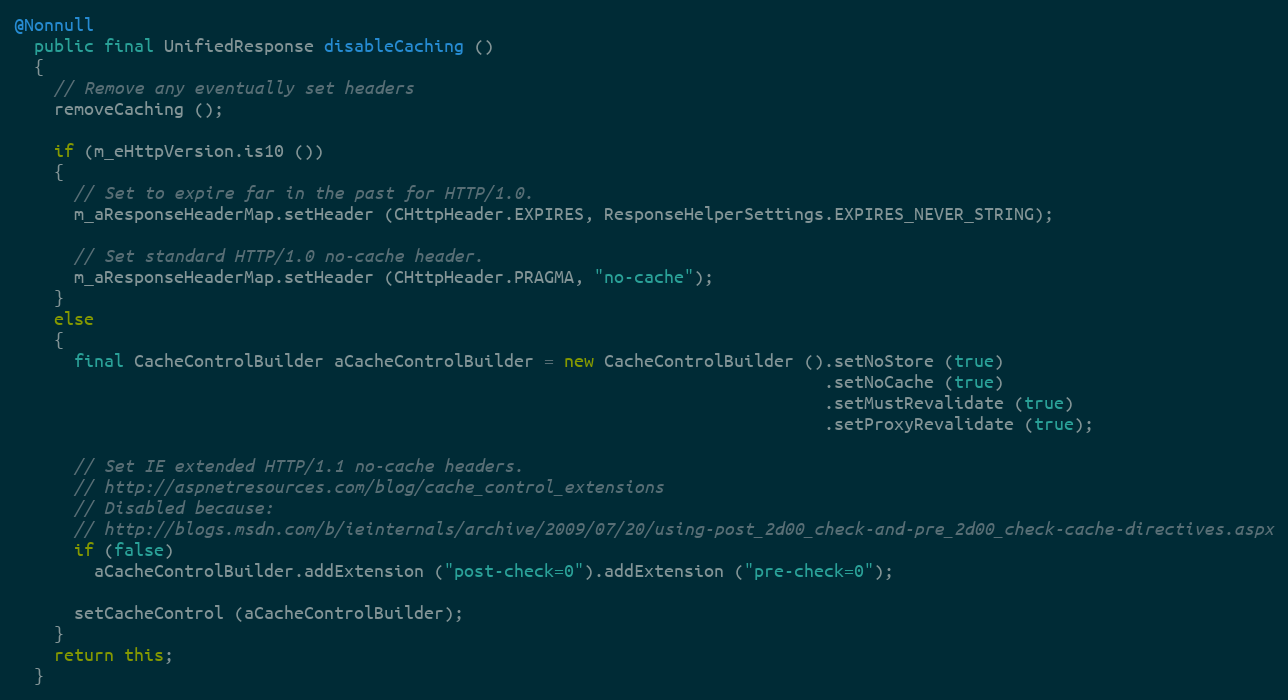
Language: Java
@Nonnull
  public final UnifiedResponse disableCaching ()
  {
    // Remove any eventually set headers
    removeCaching ();

    if (m_eHttpVersion.is10 ())
    {
      // Set to expire far in the past for HTTP/1.0.
      m_aResponseHeaderMap.setHeader (CHttpHeader.EXPIRES, ResponseHelperSettings.EXPIRES_NEVER_STRING);

      // Set standard HTTP/1.0 no-cache header.
      m_aResponseHeaderMap.setHeader (CHttpHeader.PRAGMA, "no-cache");
    }
    else
    {
      final CacheControlBuilder aCacheControlBuilder = new CacheControlBuilder ().setNoStore (true)
                                                                                 .setNoCache (true)
                                                                                 .setMustRevalidate (true)
                                                                                 .setProxyRevalidate (true);

      // Set IE extended HTTP/1.1 no-cache headers.
      // http://aspnetresources.com/blog/cache_control_extensions
      // Disabled because:
      // http://blogs.msdn.com/b/ieinternals/archive/2009/07/20/using-post_2d00_check-and-pre_2d00_check-cache-directives.aspx
      if (false)
        aCacheControlBuilder.addExtension ("post-check=0").addExtension ("pre-check=0");

      setCacheControl (aCacheControlBuilder);
    }
    return this;
  }